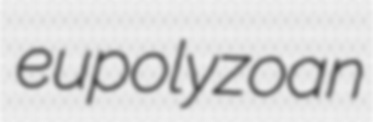
eupolyzoan